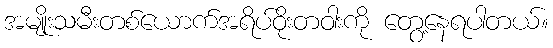
အမျိုးသမီးတစ်ယောက်အရိပ်ဝိုးတဝါးကို တွေ့နေရပါတယ်။